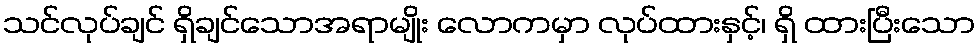
သင်လုပ်ချင် ရှိချင်သောအရာမျိုး လောကမှာ လုပ်ထားနှင့်၊ ရှိ ထားပြီးသော